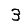
Digit: 3